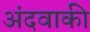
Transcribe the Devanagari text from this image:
अंदवाकी